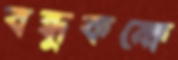
বন্ধুকক্ষে